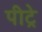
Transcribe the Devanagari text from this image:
पीट्रे